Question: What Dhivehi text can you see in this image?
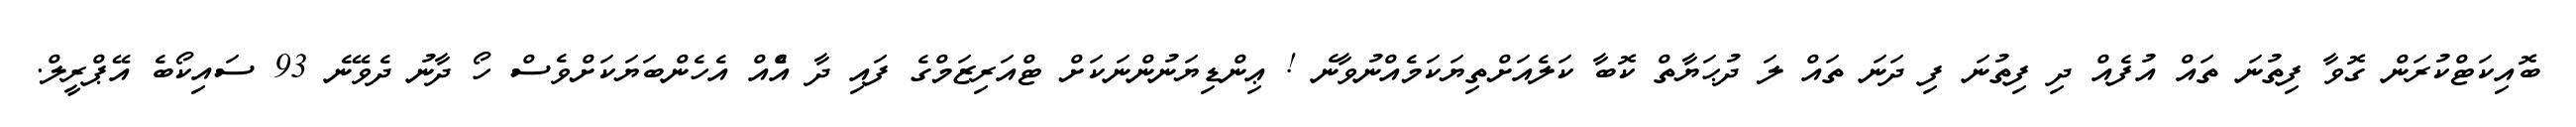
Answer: ބޮއިކަޓްކުރަން ގޮވާ ފިތުނަ ތައް އުފެއް ދި ފިތުނަ ފި ދަނަ ތައް ލަ ދުޙަޔާތް ކޮބާ ކަލެއަށްތިޔަކަމެއްނުވާނެ ! ޢިންޑިޔަނުންނަކަށް ޓްއަރިޒަމްގެ ފައި ދާ އެްއް އެހެންބަޔަކަށްވެސް ހޯ ދާނު ދެވޭނެ 93 ސައިކޯބެ އޭޕްރީލް.